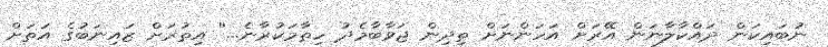
ނުބައިކަން ދައްކާލާނަން އޭރަށް އަހަންނަށް ތިދިން ޖަވާބާމެދު ހިތާމަކުރާނެ...'' އިތުރަށް ޒައިނަބުގެ އަތަށް